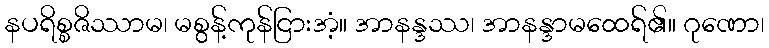
နပရိစ္စဇိဿာမ၊ မစွန့်ကုန်ငြားအံ့။ အာနန္ဒဿ၊ အာနန္ဒာမထေရ်၏။ ဂုဏော၊